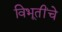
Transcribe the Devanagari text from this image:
विभूतींचे